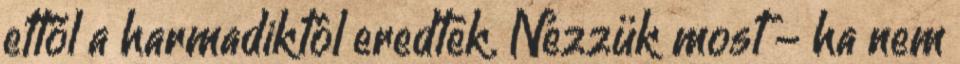
ettől a harmadiktól eredtek. Nézzük most - ha nem